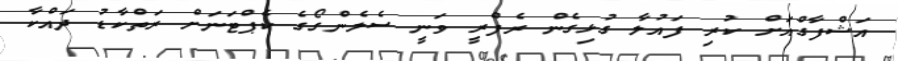
އަޝްފާގްއަށް ކުރި ފައުލާ ގުޅިގެން ރެފްރީ ވަނީ ސެލެންގޯގެ ކެޕްޓަނަށް ރަތްކާޑު ދައްކާ